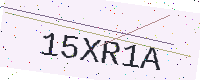
Text: 15XR1A